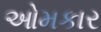
ઓમકાર